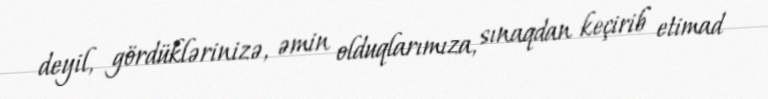
deyil, gördüklərinizə, əmin olduqlarımıza, sınaqdan keçirib etimad